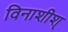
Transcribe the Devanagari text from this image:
विनाशीश्